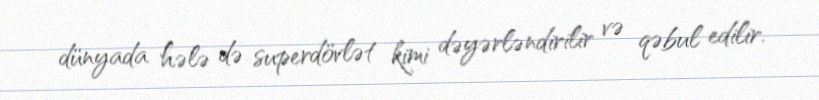
dünyada hələ də superdövlət kimi dəyərləndirilir və qəbul edilir.